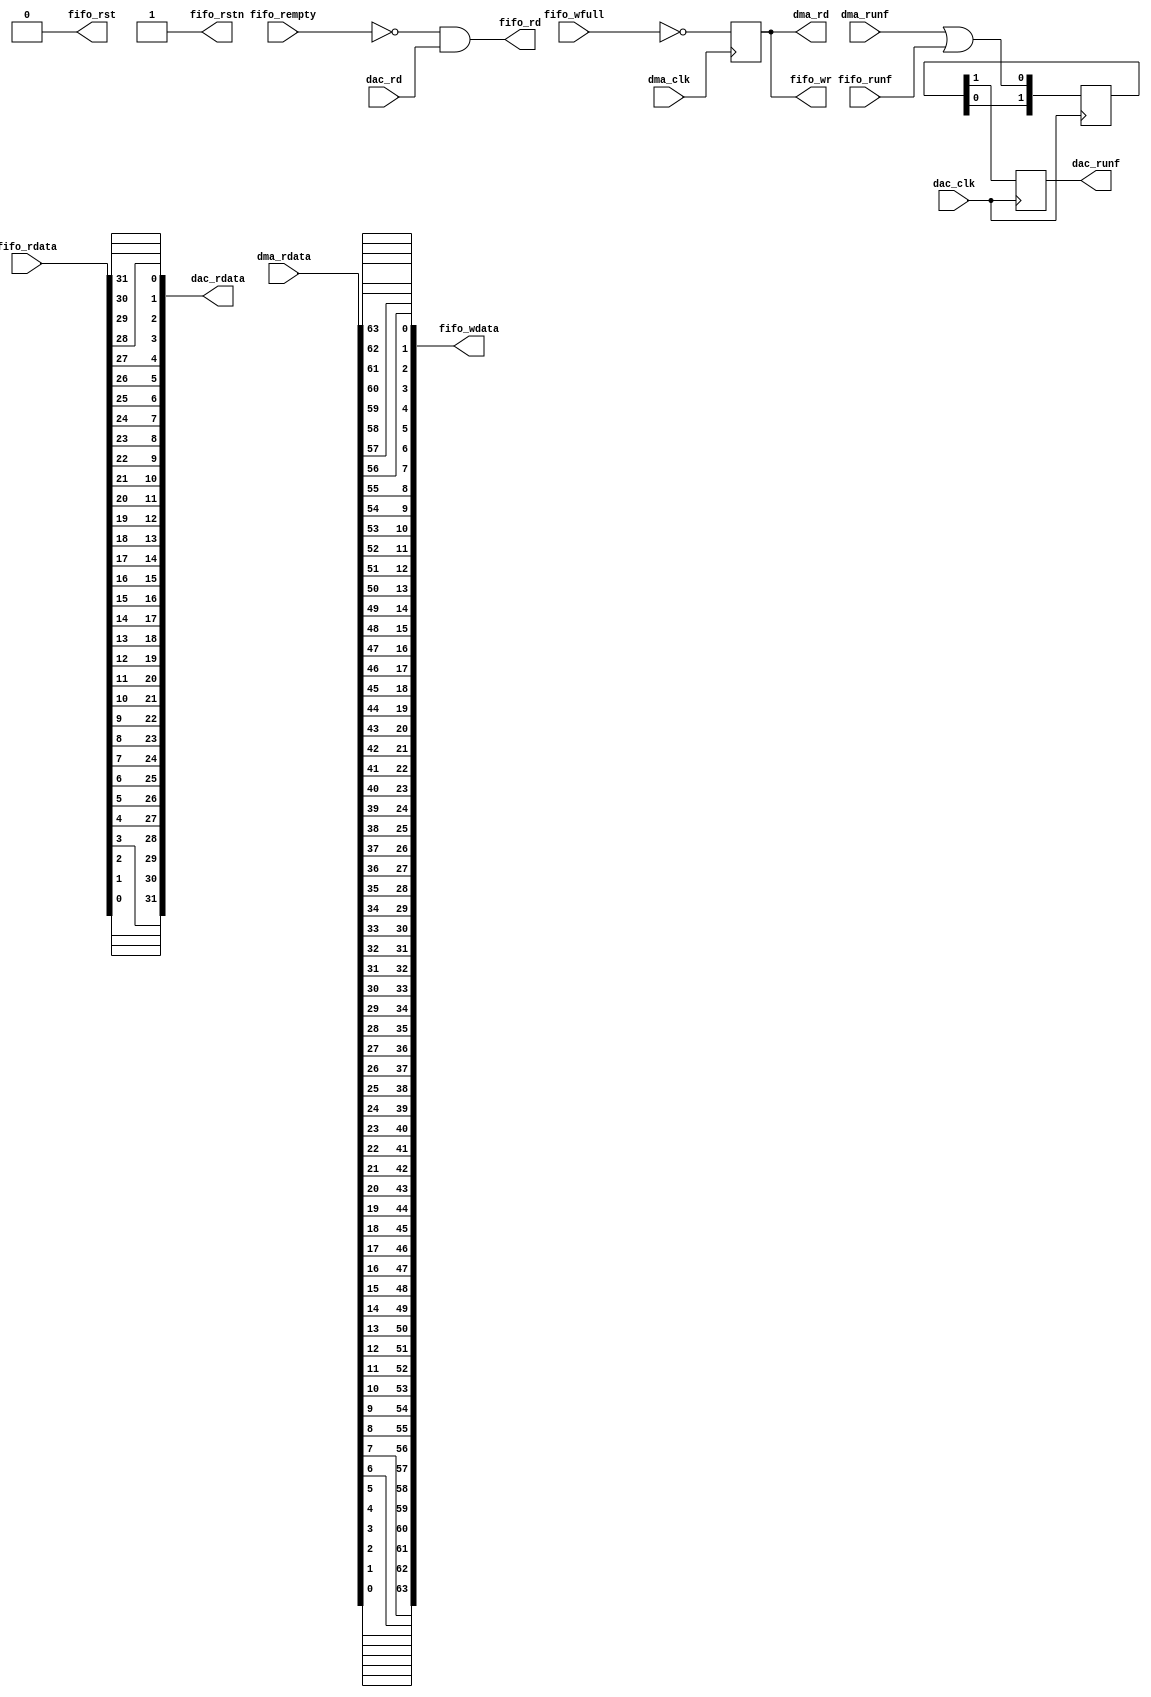
module util_rfifo (

  // dac interface

  dac_clk,
  dac_rd,
  dac_rdata,
  dac_runf,

  // dma interface

  dma_clk,
  dma_rd,
  dma_rdata,
  dma_runf,

  // fifo interface

  fifo_rst,
  fifo_rstn,
  fifo_wr,
  fifo_wdata,
  fifo_wfull,
  fifo_rd,
  fifo_rdata,
  fifo_rempty,
  fifo_runf);

  // parameters

  parameter DAC_DATA_WIDTH = 32;
  parameter DMA_DATA_WIDTH = 64;
 
  // dac interface

  input                           dac_clk;
  input                           dac_rd;
  output  [DAC_DATA_WIDTH-1:0]    dac_rdata;
  output                          dac_runf;

  // dma interface

  input                           dma_clk;
  output                          dma_rd;
  input   [DMA_DATA_WIDTH-1:0]    dma_rdata;
  input                           dma_runf;

  // fifo interface

  output                          fifo_rst;
  output                          fifo_rstn;
  output                          fifo_wr;
  output  [DMA_DATA_WIDTH-1:0]    fifo_wdata;
  input                           fifo_wfull;
  output                          fifo_rd;
  input   [DAC_DATA_WIDTH-1:0]    fifo_rdata;
  input                           fifo_rempty;
  input                           fifo_runf;

  // internal registers

  reg     [ 1:0]                  dac_runf_m = 'd0;
  reg                             dac_runf = 'd0;
  reg                             dma_rd = 'd0;

  // dac underflow

  always @(posedge dac_clk) begin
    dac_runf_m[0] <= dma_runf | fifo_runf;
    dac_runf_m[1] <= dac_runf_m[0];
    dac_runf <= dac_runf_m[1];
  end

  // dma read

  always @(posedge dma_clk) begin
    dma_rd <= ~fifo_wfull;
  end

  // write

  assign fifo_wr = dma_rd;

  genvar s;
  generate
  for (s = 0; s < DMA_DATA_WIDTH; s = s + 1) begin: g_wdata
  assign fifo_wdata[s] = dma_rdata[(DMA_DATA_WIDTH-1)-s];
  end
  endgenerate

  // read

  assign fifo_rd = ~fifo_rempty & dac_rd;

  genvar m;
  generate
  for (m = 0; m < DAC_DATA_WIDTH; m = m + 1) begin: g_rdata
  assign dac_rdata[m] = fifo_rdata[(DAC_DATA_WIDTH-1)-m];
  end
  endgenerate

  // reset & resetn

  assign fifo_rst = 1'b0;
  assign fifo_rstn = 1'b1;

endmodule